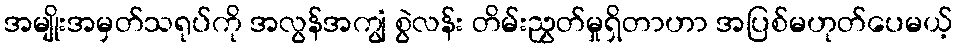
အမျိုးအမှတ်သရုပ်ကို အလွန်အကျွံ စွဲလန်း တိမ်းညွှတ်မှုရှိတာဟာ အပြစ်မဟုတ်ပေမယ့်